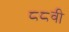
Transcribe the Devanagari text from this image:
८८वी